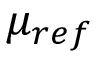
{ \mu } _ { r e f }